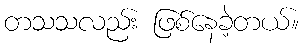
တသသလည်း ဖြစ်နေခဲ့တယ်။